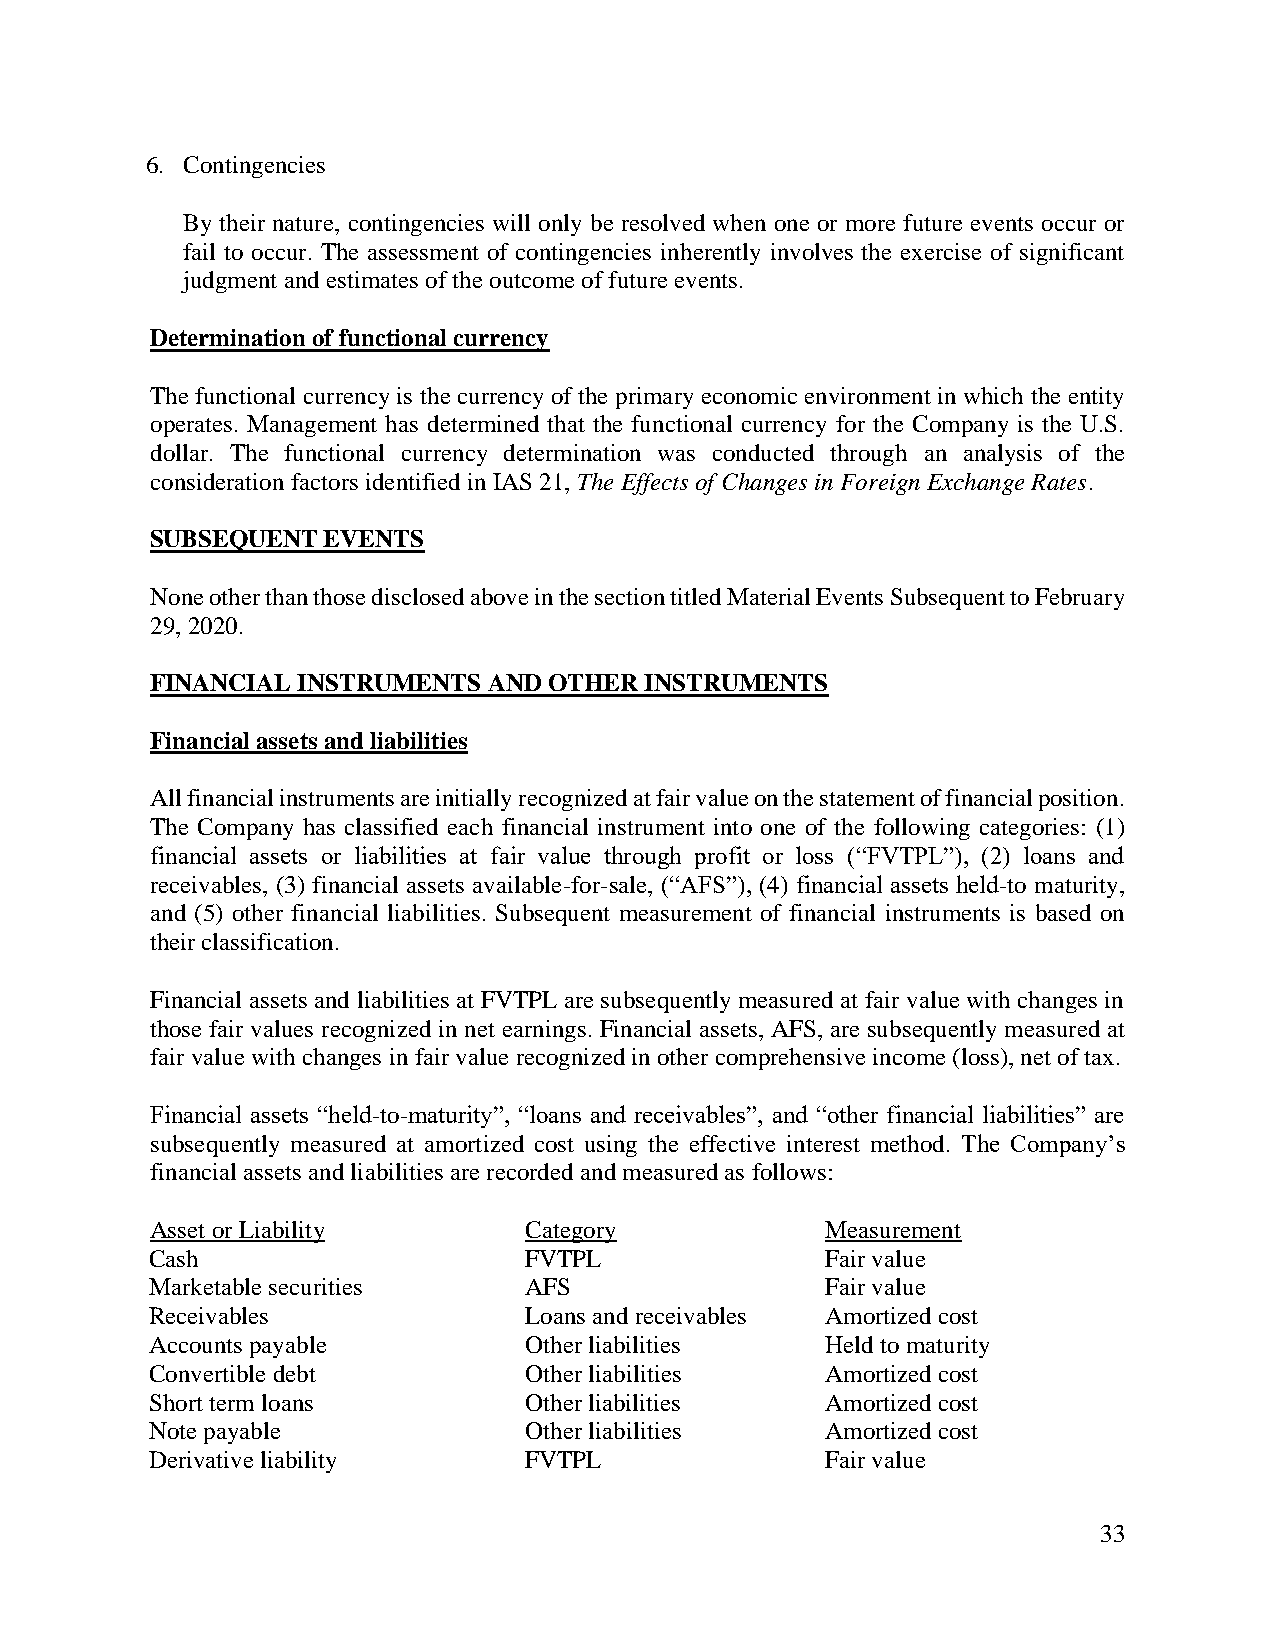
6. Contingencies
 By their nature, contingencies will only be resolved when one or more future events occur or
 fail to occur. The assessment of contingencies inherently involves the exercise of significant
 judgment and estimates of the outcome of future events.
 Determination of functional currency
 The functional currency is the currency of the primary economic environment in which the entity
 operates. Management has determined that the functional currency for the Company is the U.S.
 dollar. The functional currency determination was conducted through an analysis of the
 consideration factors identified in IAS 21, The Effects of Changes in Foreign Exchange Rates.
 SUBSEQUENT EVENTS
 None other than those disclosed above in the section titled Material Events Subsequent to February
 29, 2020.
 FINANCIAL INSTRUMENTS AND OTHER  INSTRUMENTS
 Financial assets and liabilities
 All financial instruments are initially recognized at fair value on the statement of financial position.
 The Company has classified each financial instrument into one of the following categories: (1)
 financial assets or liabilities at fair value through profit or loss (“FVTPL”), (2) loans and
 receivables, (3) financial assets available-for-sale, (“AFS”), (4) financial assets held-to maturity,
 and (5) other financial liabilities. Subsequent measurement of financial instruments is based on
 their classification.
 Financial assets and liabilities at FVTPL are subsequently measured at fair value with changes in
 those fair values recognized in net earnings. Financial assets, AFS, are subsequently measured at
 fair value with changes in fair value recognized in other comprehensive income (loss), net of tax.
 Financial assets “held-to-maturity”, “loans and receivables”, and “other financial liabilities” are
 subsequently measured at amortized cost using the effective interest method. The Company’s
 financial assets and liabilities are recorded and measured as follows:
 Asset or Liability       Category            Measurement
 Cash                     FVTPL               Fair value
 Marketable securities    AFS                 Fair value
 Receivables              Loans and receivables Amortized cost
 Accounts payable         Other liabilities   Held to maturity
 Convertible debt         Other liabilities   Amortized cost
 Short term loans         Other liabilities   Amortized cost
 Note payable             Other liabilities   Amortized cost
 Derivative liability     FVTPL               Fair value
 33